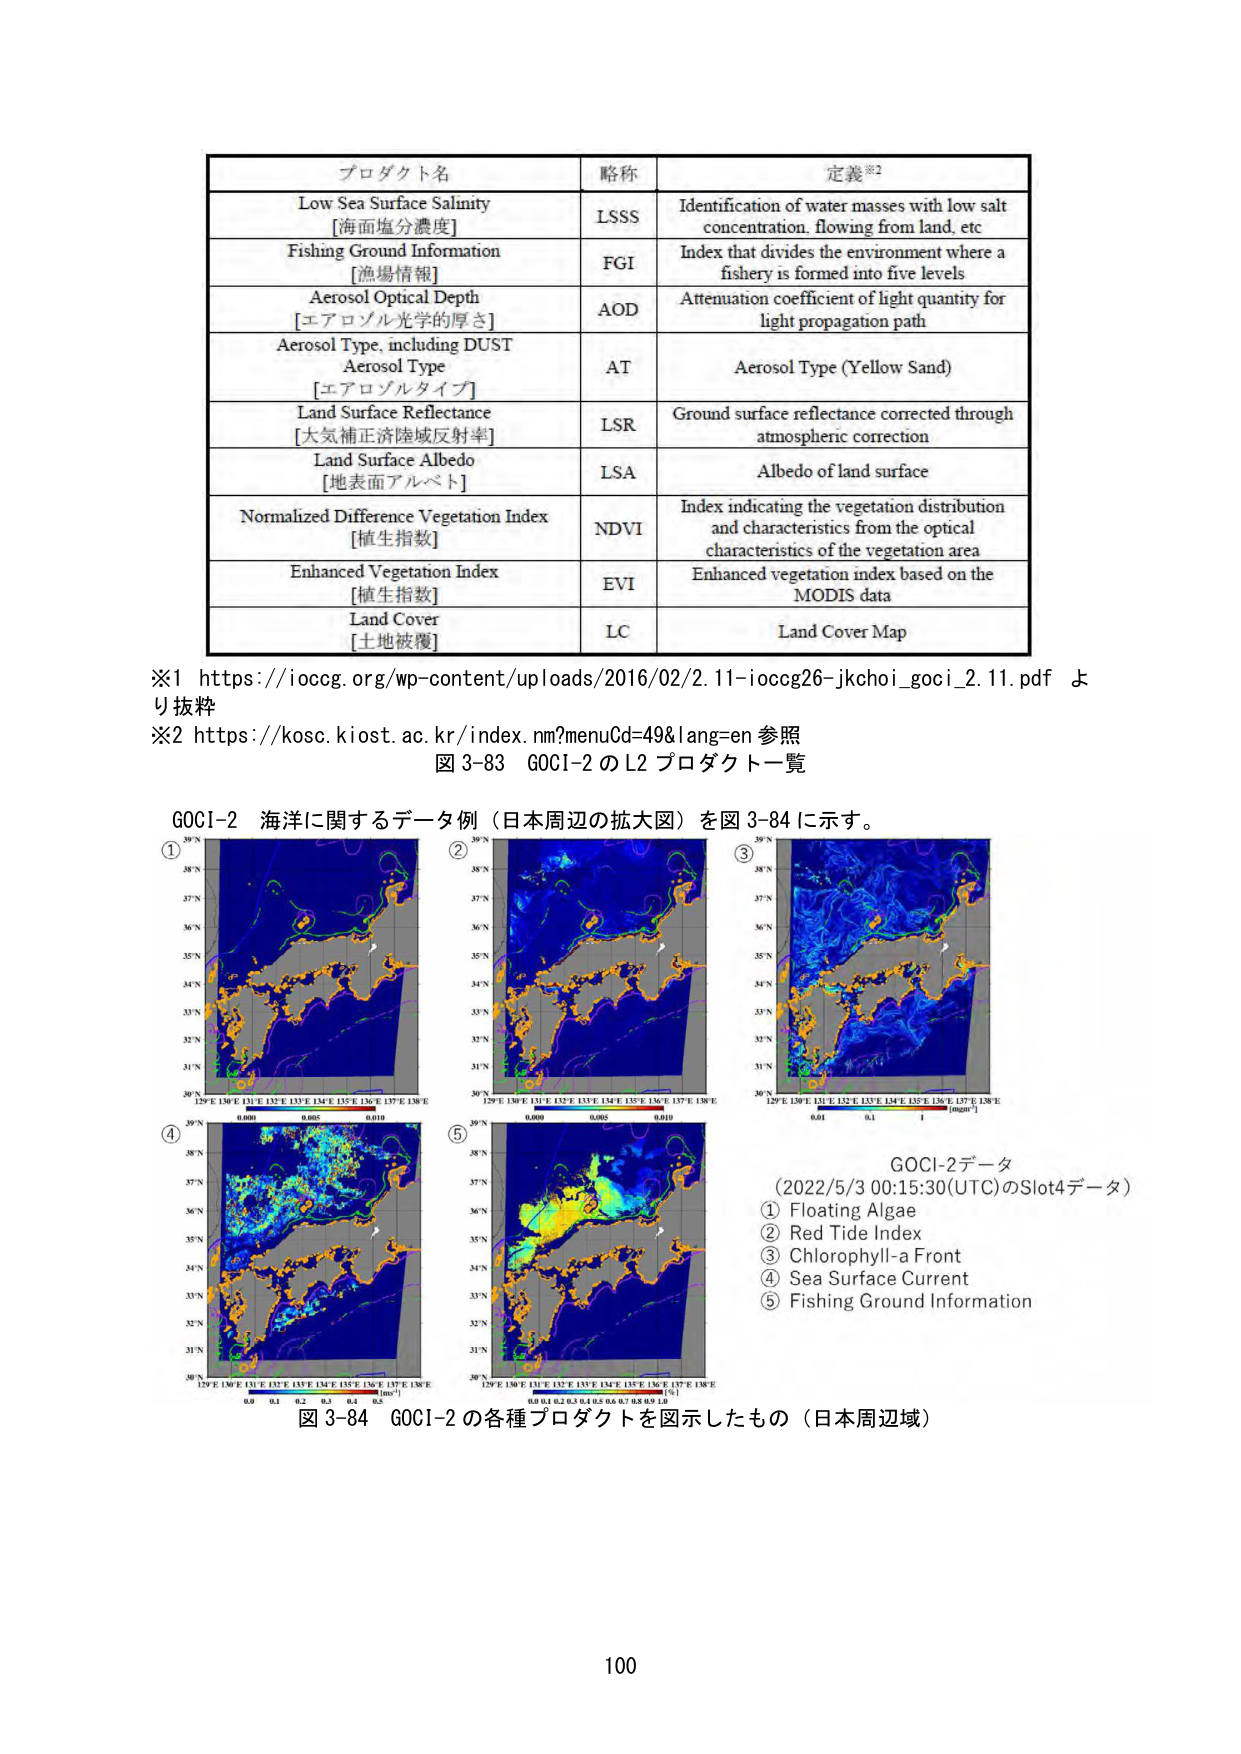
プロダクト名
Low Sea Surface Salinity
[海面塩分濃度]
Fishing Ground Information
[漁場情報]
Aerosol Optical Depth
[エアロゾル光学的厚さ]
Aerosol Type, including DUST
Aerosol Type
[エアロゾルタイプ]
Land Surface Reflectance
[大気補正済陸域反射率]
Land Surface Albedo
[地表面アルベド]
Normalized Difference Vegetation Index
[植生指数]
Enhanced Vegetation Index
[植生指数]
Land Cover
[土地被覆]
略称
LSSS
FGI
AOD
AT
LSR
LSA
NDVI
EVI
LC
定義※2
Identification of water masses with low salt concentration, flowing from land, etc
Index that divides the environment where a fishery is formed into five levels
Attenuation coefficient of light quantity for light propagation path
Aerosol Type (Yellow Sand)
Ground surface reflectance corrected through atmospheric correction
Albedo of land surface
Index indicating the vegetation distribution and characteristics from the optical characteristics of the vegetation area
Enhanced vegetation index based on the MODIS data
Land Cover Map
※1 https://ioccg.org/wp-content/uploads/2016/02/2.11-ioccg26-jkchoi_goci_2.11.pdf より抜粋
※2 https://kosc.kiost.ac.kr/index.nm?menuCd=49&lang=en 参照
図3-83 GOCI-2のL2プロダクト一覧
GOCI-2 海洋に関するデータ例（日本周辺の拡大図）を図3-84に示す。
①
39°N
38°N
37°N
36°N
35°N
34°N
33°N
32°N
31°N
30°N
129°E 130°E 131°E 132°E 133°E 134°E 135°E 136°E 137°E 138°E
0.000 0.005 0.010
②
39°N
38°N
37°N
36°N
35°N
34°N
33°N
32°N
31°N
30°N
129°E 130°E 131°E 132°E 133°E 134°E 135°E 136°E 137°E 138°E
0.000 0.005 0.010
③
39°N
38°N
37°N
36°N
35°N
34°N
33°N
32°N
31°N
30°N
129°E 130°E 131°E 132°E 133°E 134°E 135°E 136°E 137°E 138°E
0.01 0.1 1 [mg/m³]
④
39°N
38°N
37°N
36°N
35°N
34°N
33°N
32°N
31°N
30°N
129°E 130°E 131°E 132°E 133°E 134°E 135°E 136°E 137°E 138°E
0.0 0.1 0.2 0.3 0.4 0.5 [m/s]
⑤
39°N
38°N
37°N
36°N
35°N
34°N
33°N
32°N
31°N
30°N
129°E 130°E 131°E 132°E 133°E 134°E 135°E 136°E 137°E 138°E
0.0 0.1 0.2 0.3 0.4 0.5 0.6 0.7 0.8 0.9 1.0 [%]
GOCI-2データ
(2022/5/3 00:15:30(UTC)のSlot4データ)
① Floating Algae
② Red Tide Index
③ Chlorophyll-a Front
④ Sea Surface Current
⑤ Fishing Ground Information
図3-84 GOCI-2の各種プロダクトを図示したもの（日本周辺域）
100